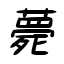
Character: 薨